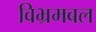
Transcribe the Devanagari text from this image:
विभ्रमबल